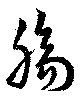
膓